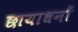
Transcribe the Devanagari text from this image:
छायाधनों